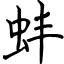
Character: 蚌